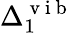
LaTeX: \Delta_{1}^{\mathrm{~v~i~b~}}